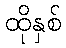
ထိုနှစ်